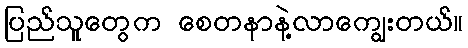
ပြည်သူတွေက စေတနာနဲ့လာကျွေးတယ်။